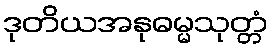
ဒုတိယအနုဓမ္မသုတ္တံ